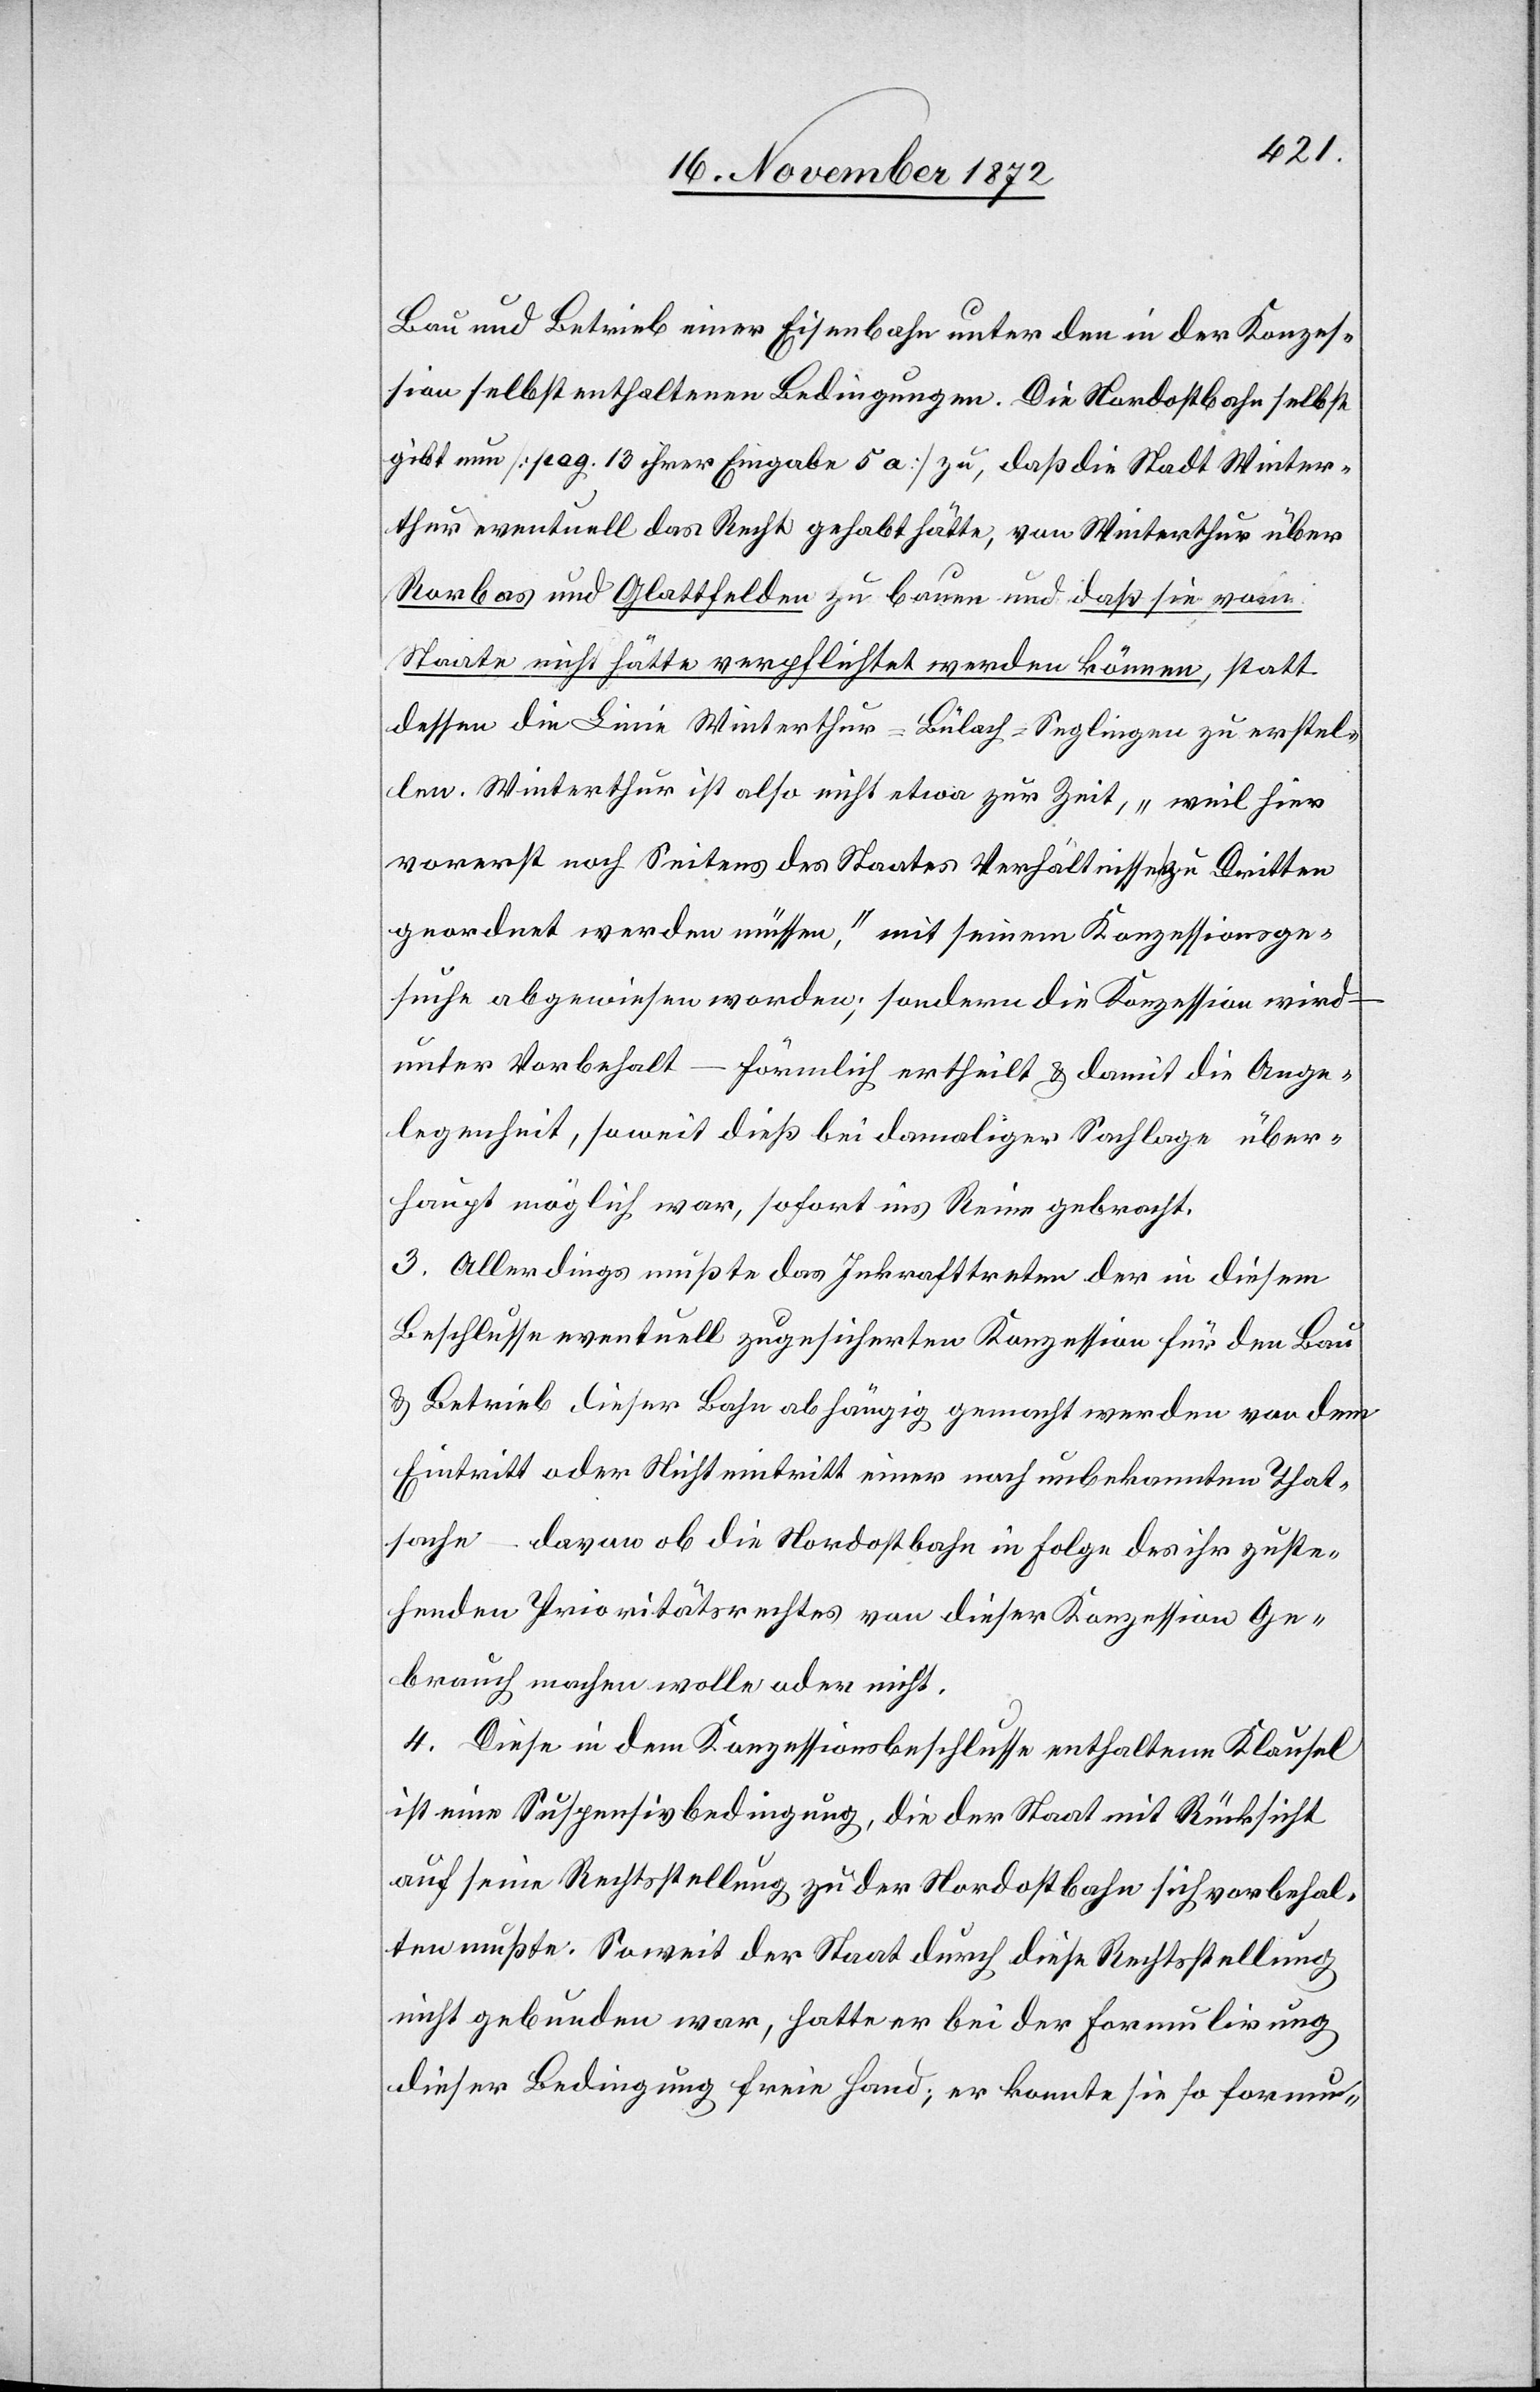
Bau und Betrieb einer Eisenbahn unter den in der Konzes¬
sion selbst enthaltenen Bedingungen. Die Nordostbahn selbst
gibt nun [pag. 13 ihrer Eingabe 5 a] zu, daß die Stadt Winter¬
thur eventuell das Recht gehabt hätte, von Winterthur über
Rorbas und Glattfelden zu bauen und daß sie vom
Staate nicht hätte verpflichtet werden können, statt
dessen die Linie Winterthur–Bülach–Seglingen zu erstel¬
len. Winterthur ist also nicht etwa zur Zeit, „weil hier
vorerst noch Seitens des Staates Verhältnisse zu Dritten
geordnet werden müssen,“ mit seinem Konzessionsge¬
suche abgewiesen worden; sondern die Konzession wird
unter Vorbehalt – förmlich ertheilt u. damit die Ange¬
legenheit, soweit dieß bei damaliger Sachlage über¬
haupt möglich war, sofort ins Reine gebracht.
3. Allerdings mußte das Inkrafttreten der in diesem
Beschlusse eventuell zugesicherten Konzession für den Bau
u. Betrieb dieser Bahn abhängig gemacht werden von dem
Eintritt oder Nichteintritt einer noch unbekannten That¬
sache – davon ob die Nordostbahn in Folge des ihr zuste¬
henden Prioritätsrechtes von dieser Konzession Ge¬
brauch machen wolle oder nicht.
4. Diese in dem Konzessionsbeschlusse enthaltene Klausel
ist eine Suspensivbedingung, die der Staat mir Rücksicht
auf seine Rechtsstellung zu der Nordostbahn sich vorbehal¬
ten mußte. Soweit der Staat durch diese Rechtsstellung
nicht gebunden war, hatte er bei der Formulirung
dieser Bedingung freie Hand; er konnte sie so formu-